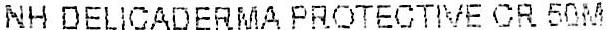
NH DELICADERMA PROTECTIVE CR 50M